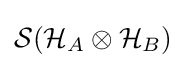
{\mathcal {S}}({\mathcal {H}}_{A}\otimes {\mathcal {H}}_{B})